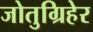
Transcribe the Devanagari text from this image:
जोतुग्रिहेर